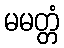
မမတ္တံ